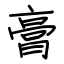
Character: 膏